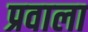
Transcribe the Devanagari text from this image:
प्रवाला